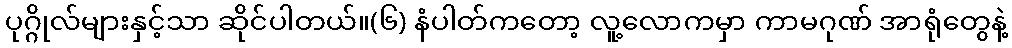
ပုဂ္ဂိုလ်များနှင့်သာ ဆိုင်ပါတယ်။(၆) နံပါတ်ကတော့ လူ့လောကမှာ ကာမဂုဏ် အာရုံတွေနဲ့